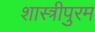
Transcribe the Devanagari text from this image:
शास्त्रीपुरम